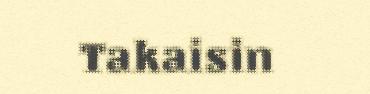
Takaisin